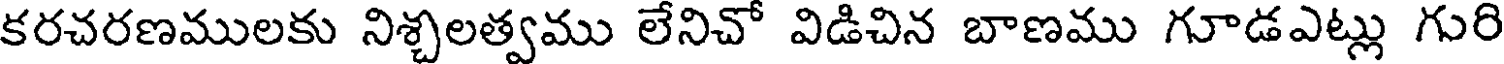
కరచరణములకు నిశ్చలత్వము లేనిచో విడిచిన బాణము గూడఎట్లు గురి